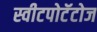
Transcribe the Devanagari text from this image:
स्वीटपोटॅटोज